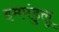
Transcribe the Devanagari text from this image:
इमपंडुलू